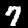
Digit: 7